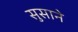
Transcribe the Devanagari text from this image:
सुसाने